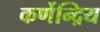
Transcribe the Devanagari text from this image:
कर्णेन्द्रिय